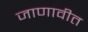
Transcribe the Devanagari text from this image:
जाणावीत